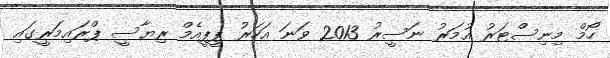
ހޯމް މިނިސްޓަރު އުމަރު ނަސީރު 2013 ވަނަ އަހަރު ޕީޕީއެމް ރިޔާސީ ޕްރައިމަރީގައި